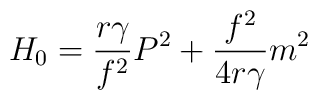
H_0= \frac{r{\gamma}}{f^2} P^2 + \frac{f^2}{4r{\gamma}} m^2